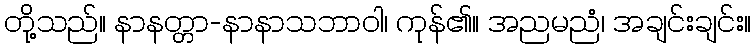
တို့သည်။ နာနတ္တာ-နာနာသဘာဝါ၊ ကုန်၏။ အညမညံ၊ အချင်းချင်း။